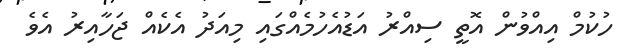
ހުކުމް އިއްވުން އޮތީ ސިއްރު އަޑުއެހުމެއްގައި މިއަދު އެކެއް ޖަހާއިރު އެވެ